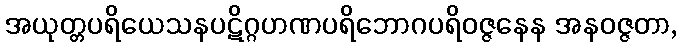
အယုတ္တပရိယေသနပဋိဂ္ဂဟဏပရိဘောဂပရိဝဇ္ဇနေန အနဝဇ္ဇတာ,